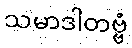
သမာဒါတဗ္ဗံ